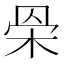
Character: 𣐷